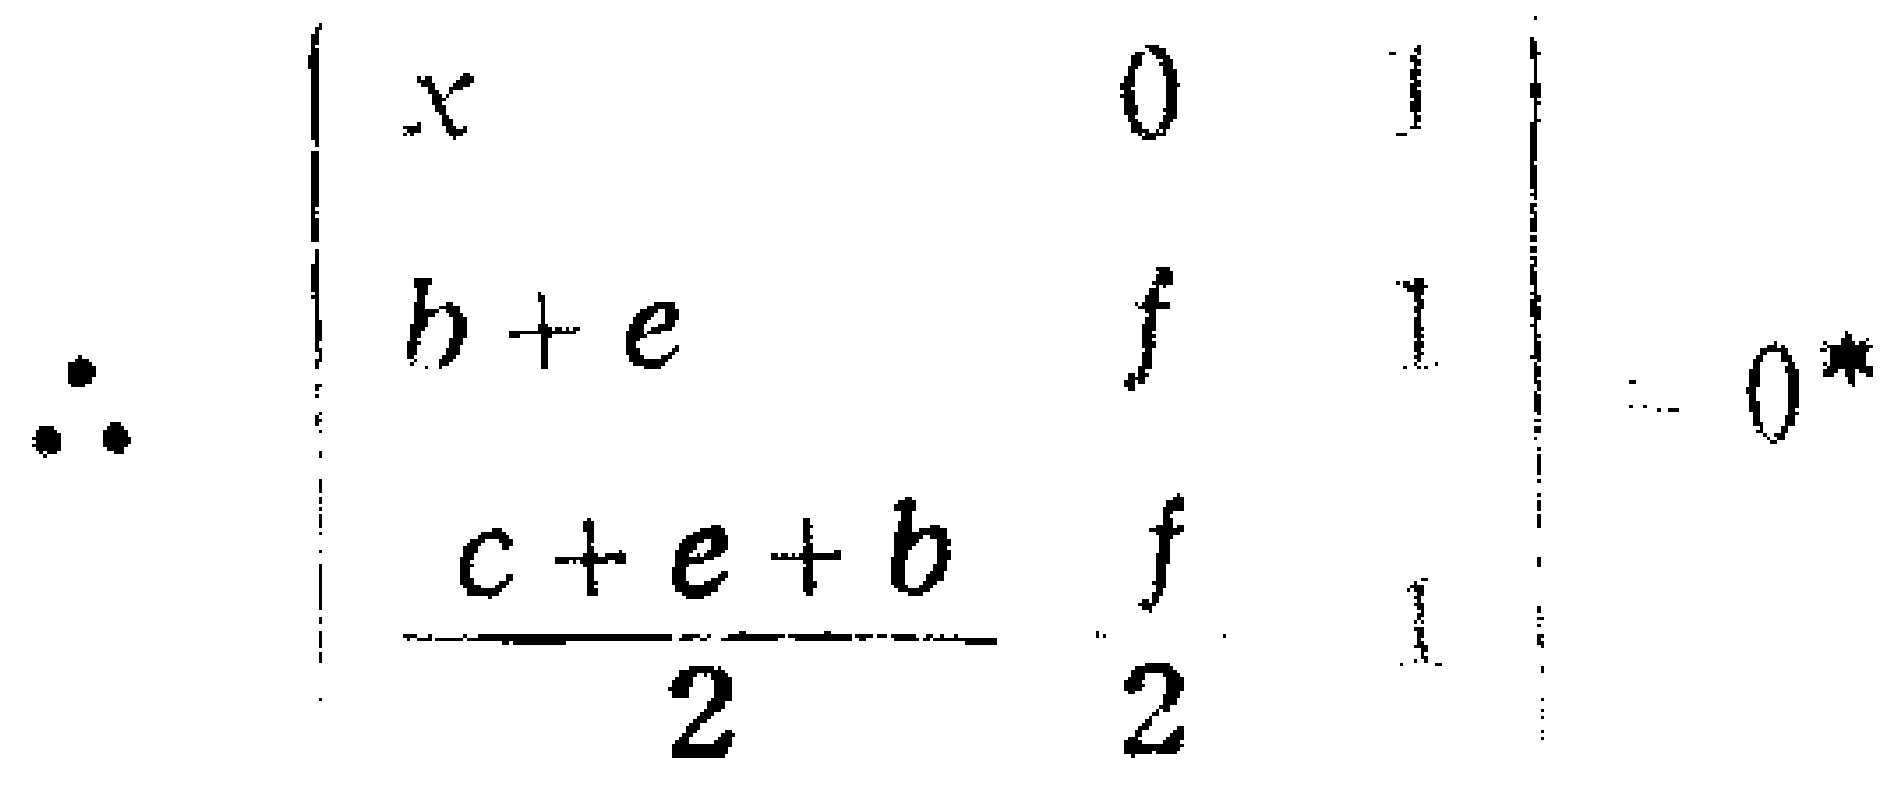
\[\therefore \begin{vmatrix}

x&0&1\\

h + e&f&1\\

\frac{c + e + b}{2}&\frac{f}{2}&1

\end{vmatrix}=0\]